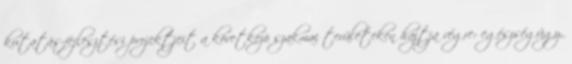
kutatás-fejlesztési projektjeit a következõ szakmai területeken hajtja végre: egészségügy,